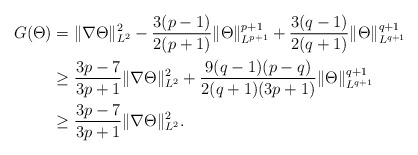
\begin{align*}G(\Theta)&= \|\nabla \Theta\|^2_{L^2} -\frac{3(p-1)}{2(p+1)}\|\Theta\|^{p+1}_{L^{p+1}} +\frac{3(q-1)}{2(q+1)}\|\Theta\|^{q+1}_{L^{q+1}} \\&\geq \frac{3p-7}{3p+1}\|\nabla \Theta\|^2_{L^2} + \frac{9(q-1)(p-q)}{2(q+1)(3p+1)} \|\Theta\|^{q+1}_{L^{q+1}} \\&\geq \frac{3p-7}{3p+1}\|\nabla \Theta\|^2_{L^2}.\end{align*}